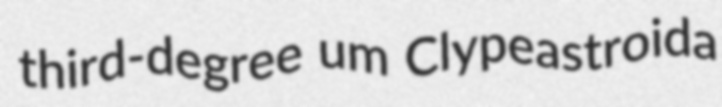
third-degree um Clypeastroida